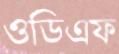
ওডিএফ